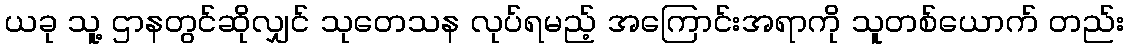
ယခု သူ့ ဌာနတွင်ဆိုလျှင် သုတေသန လုပ်ရမည့် အကြောင်းအရာကို သူတစ်ယောက် တည်း